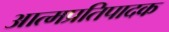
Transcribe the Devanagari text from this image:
आत्मप्रतिपादक